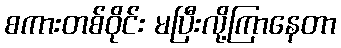
စကားတစ်ဝိုင်း မပြီးလို့ကြာနေတာ